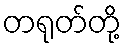
တရုတ်တို့